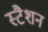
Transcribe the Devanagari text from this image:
स्टैशन